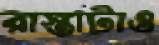
রাস্তাটাও